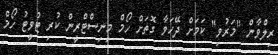
ރިލްވާން "މަރުވި" ކަމަށް ދޭހަވާ ގޮތަށް ހޯމް މިނިސްޓްރީން ކުރި ޓުވީޓު ހޯމް